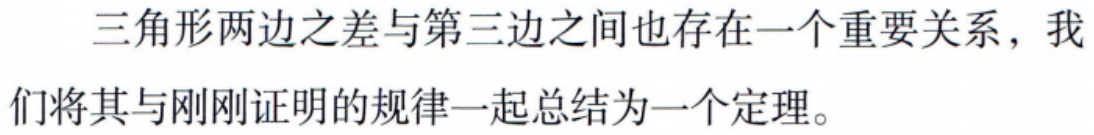
三角形两边之差与第三边之间也存在一个重要关系，我们将其与刚刚证明的规律一起总结为一个定理。